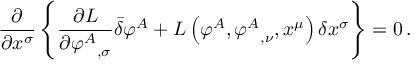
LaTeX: { \frac { \partial } { \partial x ^ { \sigma } } } \left\{ { \frac { \partial L } { \partial { \varphi ^ { A } } _ { , \sigma } } } { \bar { \delta } } \varphi ^ { A } + L \left( \varphi ^ { A } , { \varphi ^ { A } } _ { , \nu } , x ^ { \mu } \right) \delta x ^ { \sigma } \right\} = 0 \, .